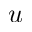
u